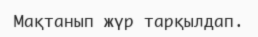
Мақтанып жүр тарқылдап.